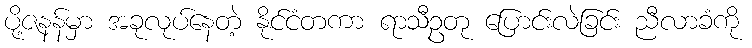
ပို့ဇနန်မှာ အခုလုပ်နေတဲ့ နိုင်ငံတကာ ရာသီဥတု ပြောင်းလဲခြင်း ညီလာခံကို